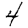
Digit: 4